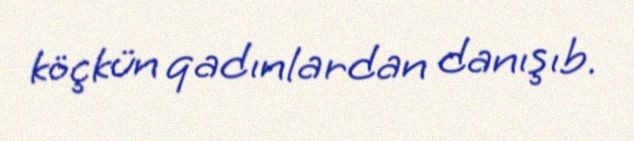
köçkün qadınlardan danışıb.